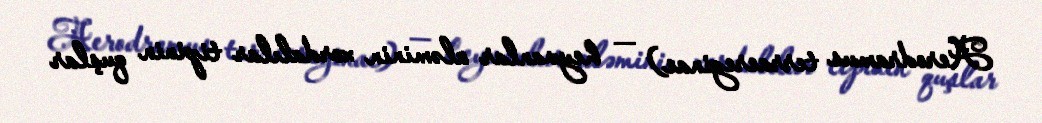
Aerodramus terraereginae) — heyvanlar aləminin xordalılar tipinin quşlar